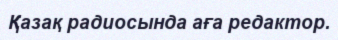
Қазақ радиосында аға редактор.